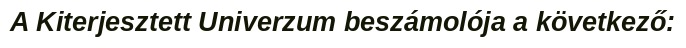
A Kiterjesztett Univerzum beszámolója a következő: